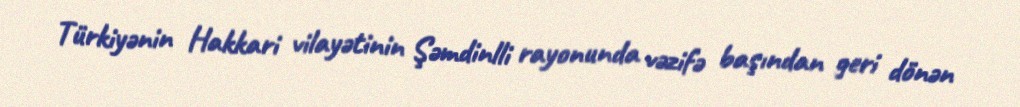
Türkiyənin Hakkari vilayətinin Şəmdinlli rayonunda vəzifə başından geri dönən